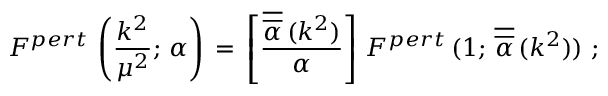
F ^ { p e r t } \, \left( \frac { k ^ { 2 } } { \mu ^ { 2 } } ; \, \alpha \right) \, = \, \left[ \frac { \overline { { { \overline { { { \alpha } } } } } } \, ( k ^ { 2 } ) } { \alpha } \right] \, F ^ { p e r t } \, ( 1 ; \, \overline { { { \overline { { { \alpha } } } } } } \, ( k ^ { 2 } ) ) \, \, ;